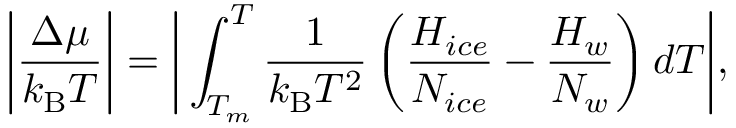
\bigg | \frac { \Delta \mu } { k _ { \mathrm { B } } T } \bigg | = \bigg | \int _ { T _ { m } } ^ { T } \frac { 1 } { k _ { \mathrm { B } } T ^ { 2 } } \left( \frac { H _ { i c e } } { N _ { i c e } } - \frac { H _ { w } } { N _ { w } } \right) d T \bigg | ,